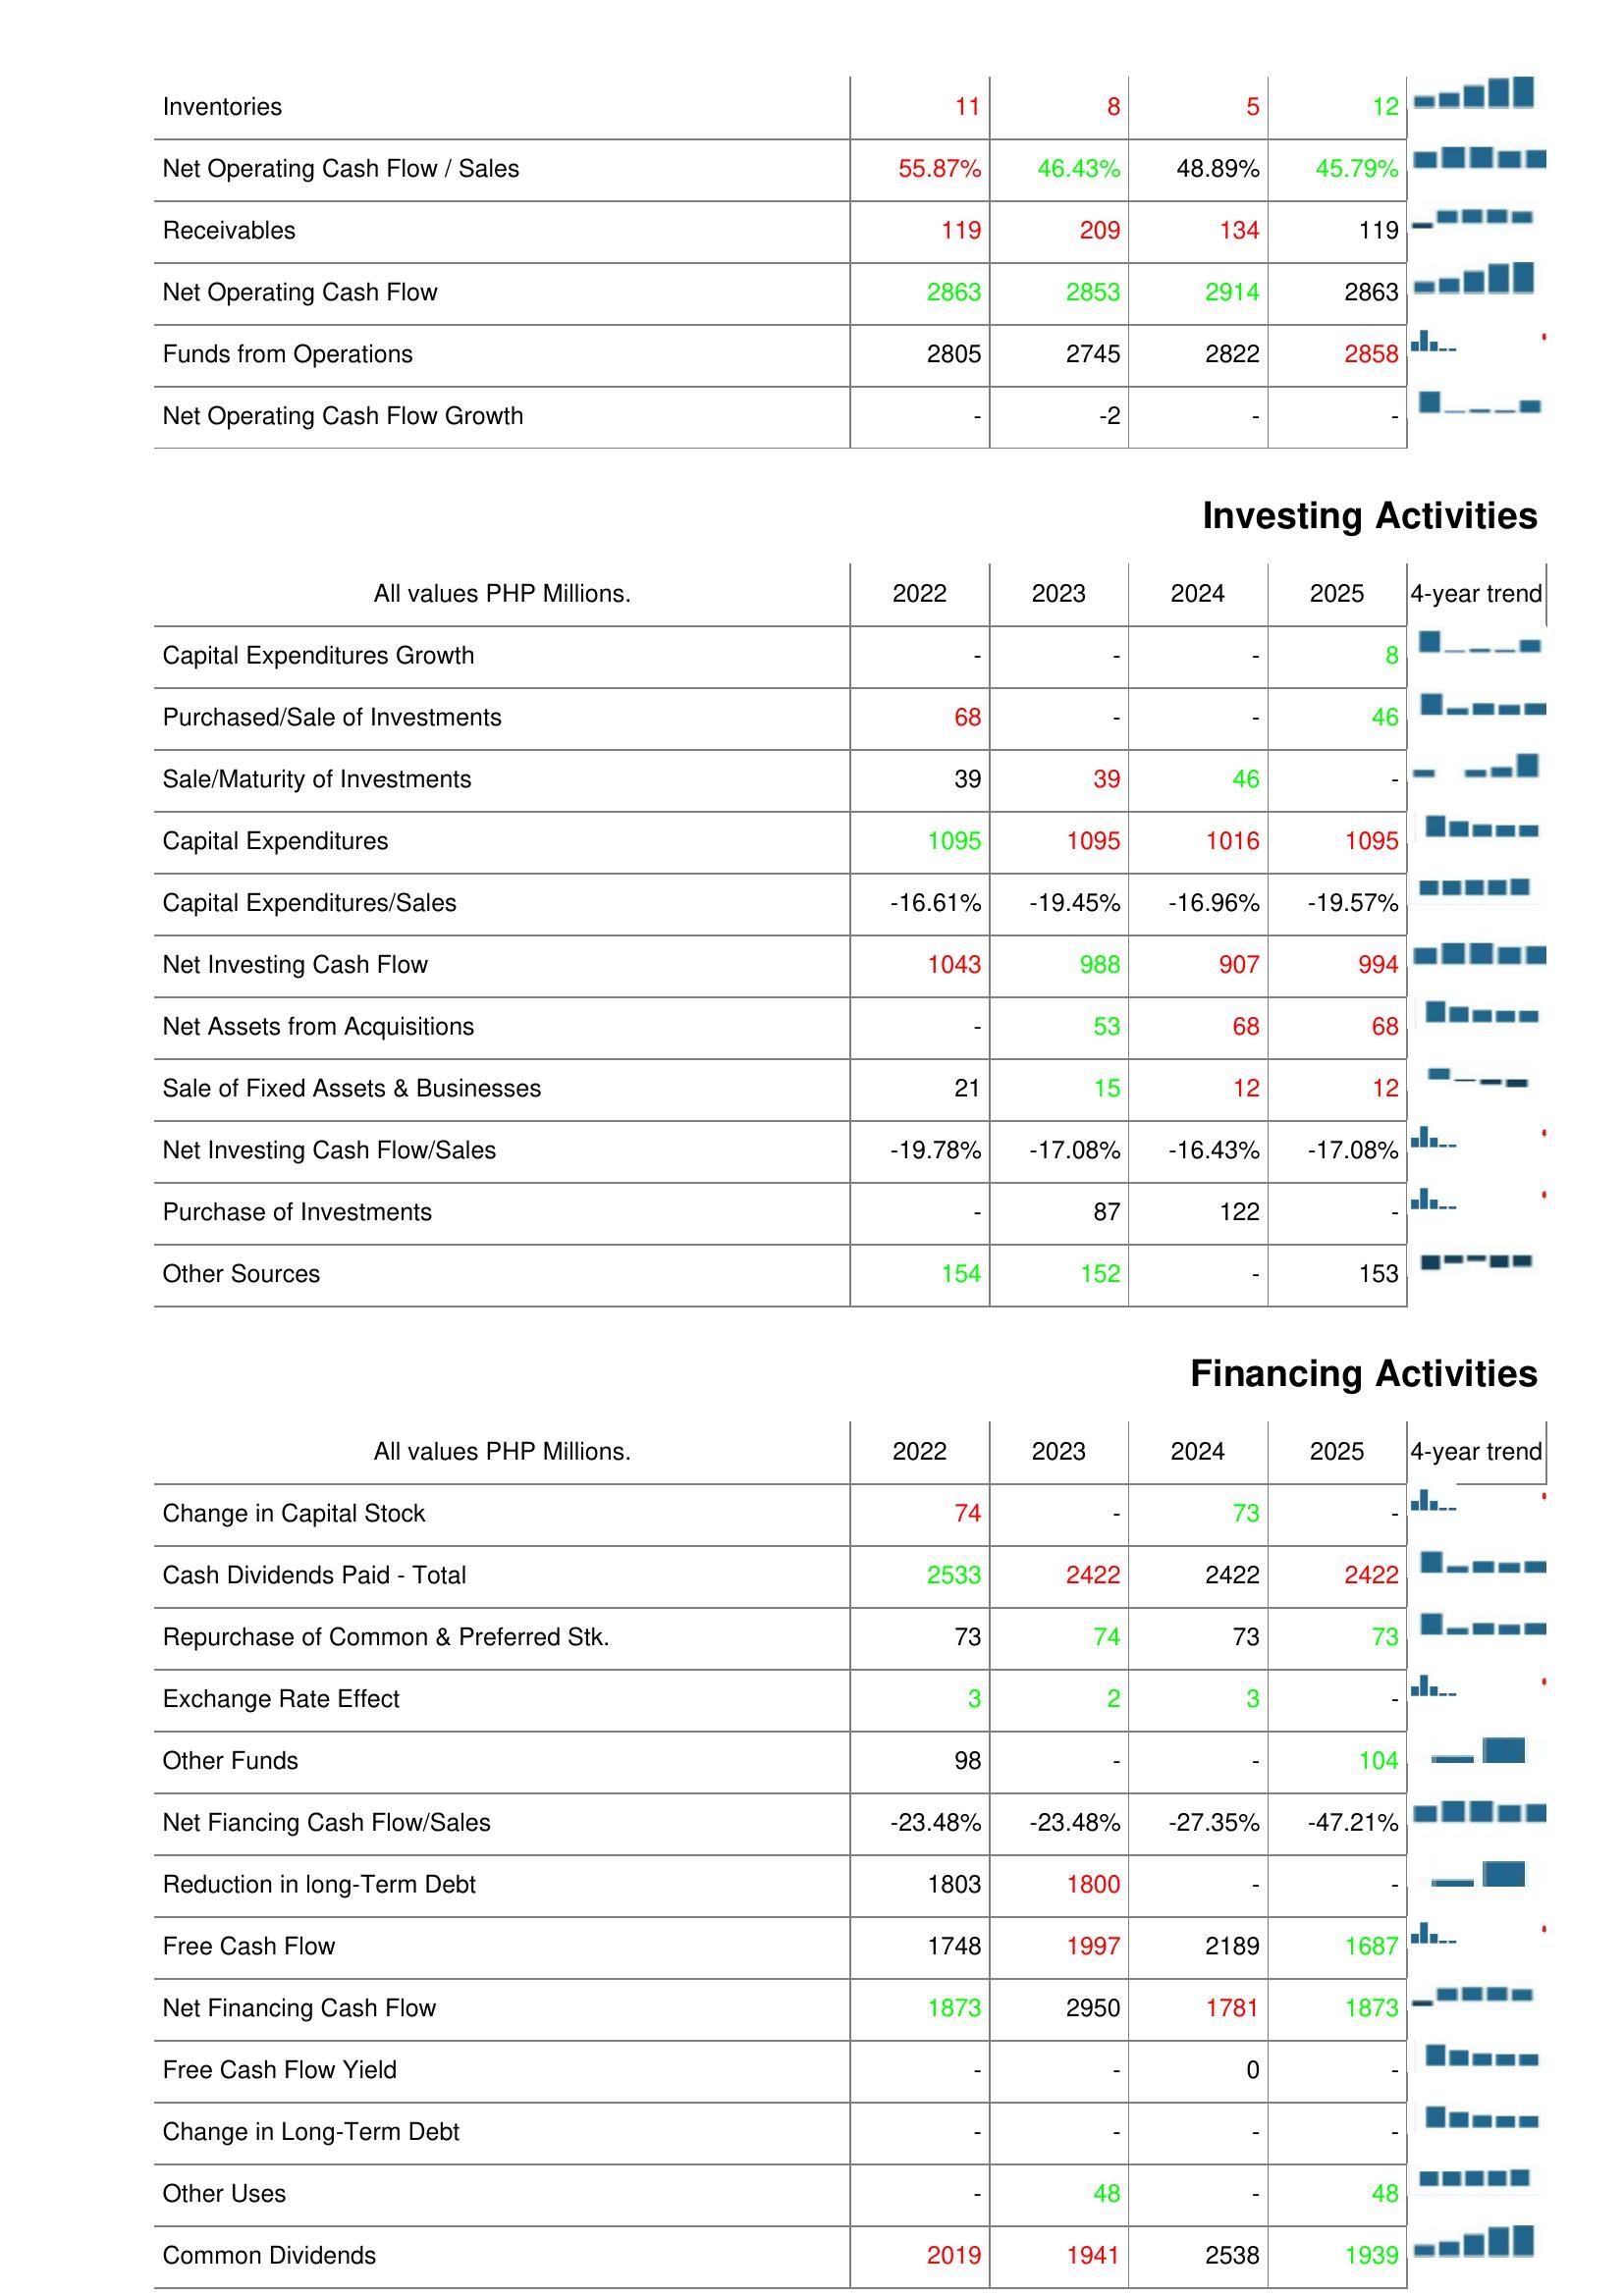
2022: Operating Activities: Inventories: 11
Net Operating Cash Flow / Sales: 55.87%
Receivables: 119
Net Operating Cash Flow: 2863
Funds from Operations: 2805
Net Operating Cash Flow Growth: -
Investing Activities: Capital Expenditures Growth: -
Purchased/Sale of Investments: 68
Sale/Maturity of Investments: 39
Capital Expenditures: 1095
Capital Expenditures/Sales: -16.61%
Net Investing Cash Flow: 1043
Net Assets from Acquisitions: -
Sale of Fixed Assets & Businesses: 21
Net Investing Cash Flow/Sales: -19.78%
Purchase of Investments: -
Other Sources: 154
Financing Activities: Change in Capital Stock: 74
Cash Dividends Paid - Total: 2533
Repurchase of Common & Preferred Stk.: 73
Exchange Rate Effect: 3
Other Funds: 98
Net Fiancing Cash Flow/Sales: -23.48%
Reduction in long-Term Debt: 1803
Free Cash Flow: 1748
Net Financing Cash Flow: 1873
Free Cash Flow Yield: -
Change in Long-Term Debt: -
Other Uses: -
Common Dividends: 2019
2023: Operating Activities: Inventories: 8
Net Operating Cash Flow / Sales: 46.43%
Receivables: 209
Net Operating Cash Flow: 2853
Funds from Operations: 2745
Net Operating Cash Flow Growth: -2
Investing Activities: Capital Expenditures Growth: -
Purchased/Sale of Investments: -
Sale/Maturity of Investments: 39
Capital Expenditures: 1095
Capital Expenditures/Sales: -19.45%
Net Investing Cash Flow: 988
Net Assets from Acquisitions: 53
Sale of Fixed Assets & Businesses: 15
Net Investing Cash Flow/Sales: -17.08%
Purchase of Investments: 87
Other Sources: 152
Financing Activities: Change in Capital Stock: -
Cash Dividends Paid - Total: 2422
Repurchase of Common & Preferred Stk.: 74
Exchange Rate Effect: 2
Other Funds: -
Net Fiancing Cash Flow/Sales: -23.48%
Reduction in long-Term Debt: 1800
Free Cash Flow: 1997
Net Financing Cash Flow: 2950
Free Cash Flow Yield: -
Change in Long-Term Debt: -
Other Uses: 48
Common Dividends: 1941
2024: Operating Activities: Inventories: 5
Net Operating Cash Flow / Sales: 48.89%
Receivables: 134
Net Operating Cash Flow: 2914
Funds from Operations: 2822
Net Operating Cash Flow Growth: -
Investing Activities: Capital Expenditures Growth: -
Purchased/Sale of Investments: -
Sale/Maturity of Investments: 46
Capital Expenditures: 1016
Capital Expenditures/Sales: -16.96%
Net Investing Cash Flow: 907
Net Assets from Acquisitions: 68
Sale of Fixed Assets & Businesses: 12
Net Investing Cash Flow/Sales: -16.43%
Purchase of Investments: 122
Other Sources: -
Financing Activities: Change in Capital Stock: 73
Cash Dividends Paid - Total: 2422
Repurchase of Common & Preferred Stk.: 73
Exchange Rate Effect: 3
Other Funds: -
Net Fiancing Cash Flow/Sales: -27.35%
Reduction in long-Term Debt: -
Free Cash Flow: 2189
Net Financing Cash Flow: 1781
Free Cash Flow Yield: 0
Change in Long-Term Debt: -
Other Uses: -
Common Dividends: 2538
2025: Operating Activities: Inventories: 12
Net Operating Cash Flow / Sales: 45.79%
Receivables: 119
Net Operating Cash Flow: 2863
Funds from Operations: 2858
Net Operating Cash Flow Growth: -
Investing Activities: Capital Expenditures Growth: 8
Purchased/Sale of Investments: 46
Sale/Maturity of Investments: -
Capital Expenditures: 1095
Capital Expenditures/Sales: -19.57%
Net Investing Cash Flow: 994
Net Assets from Acquisitions: 68
Sale of Fixed Assets & Businesses: 12
Net Investing Cash Flow/Sales: -17.08%
Purchase of Investments: -
Other Sources: 153
Financing Activities: Change in Capital Stock: -
Cash Dividends Paid - Total: 2422
Repurchase of Common & Preferred Stk.: 73
Exchange Rate Effect: -
Other Funds: 104
Net Fiancing Cash Flow/Sales: -47.21%
Reduction in long-Term Debt: -
Free Cash Flow: 1687
Net Financing Cash Flow: 1873
Free Cash Flow Yield: -
Change in Long-Term Debt: -
Other Uses: 48
Common Dividends: 1939